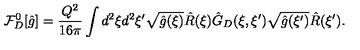
{ \mathcal { F } _ { D } ^ { 0 } } [ \hat { g } ] = { \frac { Q ^ { 2 } } { 1 6 \pi } } \int { d ^ { 2 } } \xi { d ^ { 2 } } \xi ^ { \prime } \sqrt { \hat { g } ( \xi ) } \hat { R } ( \xi ) { \hat { G } _ { D } } ( \xi , \xi ^ { \prime } ) \sqrt { \hat { g } ( \xi ^ { \prime } ) } \hat { R } ( \xi ^ { \prime } ) .